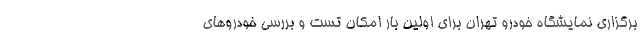
برگزاری نمایشگاه خودرو تهران برای اولین بار امکان تست و بررسی خودروهای